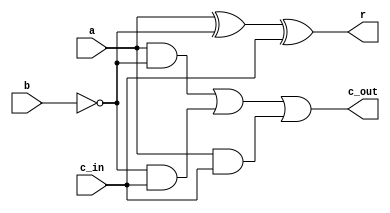
`timescale 1ns/1ns

module one_bit_subtr(
    input a,b,c_in, output r, c_out
);
    // wire a,b,c_in;
    assign r = (a ^ (b^1'b1) ^ c_in); 
    assign c_out =  ((a&(b^1'b1)) | ((b^1'b1) &c_in) | (a & c_in)); 
endmodule

module four_bit_subtr(
    input wire [3:0] a,b, input wire d,
    output wire [3:0] r, output wire c_out
    // 7, 6, 5,4 ... 0
); 
    wire [3:0] c;

    one_bit_subtr subtr0(a[0], b[0], d, r[0], c[0]);
    one_bit_subtr subtr1(a[1], b[1], c[0], r[1], c[1]);
    one_bit_subtr subtr2(a[2], b[2], c[1], r[2], c[2]);
    one_bit_subtr subtr3(a[3], b[3], c[2], r[3], c[3]);
    assign c_out = c[3];

endmodule

module eight_bit_subtr(
    input wire [7:0] a,b, 
    output wire [7:0] r, output wire c_out
);

wire [7:0] c;

    assign d = 1'b1;
    four_bit_subtr subtr1(a[3:0], b[3:0], d, r[3:0], c_out);
    four_bit_subtr subtr2(a[7:4], b[7:4], c[3], r[7:4], c_out );
    assign c_out = c[7];
endmodule


module tb;
    reg [7:0] A,B;
    wire [7:0] R;
    wire c_out; 

    eight_bit_subtr subtr(A,B,R, C_out);

    initial begin
    $monitor("A = %d, B = %d, R = %d, Carry = %d", A,B,R,C_out);

    repeat(15) begin
        A = $random;
        B = $random; 
        #15;  
    end 
    end 
endmodule